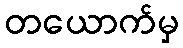
တယောက်မှ